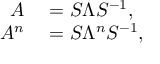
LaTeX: \begin{array} { r l } { A } & { { } = S \Lambda S ^ { - 1 } , } \\ { A ^ { n } } & { { } = S \Lambda ^ { n } S ^ { - 1 } , } \end{array}